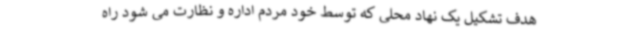
هدف تشکیل یک نهاد محلی که توسط خود مردم اداره و نظارت می شود راه